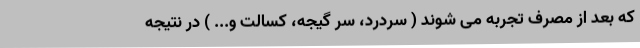
که بعد از مصرف تجربه می شوند ( سردرد، سر گیجه، کسالت و... ) در نتیجه